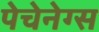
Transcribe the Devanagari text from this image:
पेचेनेग्स